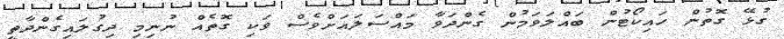
ގުޅޭ ގޮތުން ހައިކޯޓުން ބައްލަވަމުން ގެންދަވާ މައްސަލައަށްވެސް ވަކި ގޮތެއް ނުނިމި ދިގުލައިގެންދާތީ